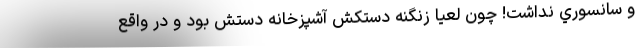
و سانسوري نداشت! چون لعيا زنگنه دستکش آشپزخانه دستش بود و در واقع